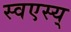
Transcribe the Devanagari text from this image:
स्वएस्य्